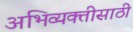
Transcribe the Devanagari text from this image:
अभिव्यक्तीसाठी